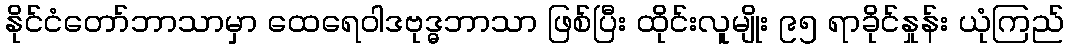
နိုင်ငံတော်ဘာသာမှာ ထေရေဝါဒဗုဒ္ဓဘာသာ ဖြစ်ပြီး ထိုင်းလူမျိုး ၉၅ ရာခိုင်နှုန်း ယုံကြည်